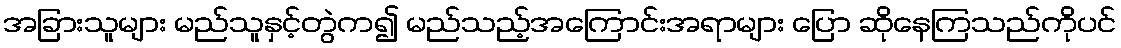
အခြားသူများ မည်သူနှင့်တွဲက၍ မည်သည့်အကြောင်းအရာများ ပြော ဆိုနေကြသည်ကိုပင်